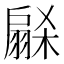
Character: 𭠋